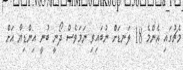
މެޗުގައި އެންމެ 18 ލަނޑަށް ނުބައިވި ނަމަވެސް ދޯނީ ބުނީ އިންޑިޔާ އަށް